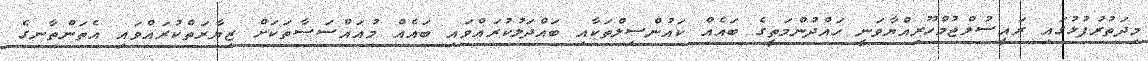
މިދަތުރުފުޅުގައި ރައީސުލްޖުމްހޫރިއްޔާވަނީ ހައްދުންމަތީގެ ބައެއް ކައުންސިލްތަކާއި ބައްދަލުކުރައްވައި ބައެއް މުއައްސަސާތަކަށް ޒިޔާރަތްކުރައްވައި އެތަންތާނގެ